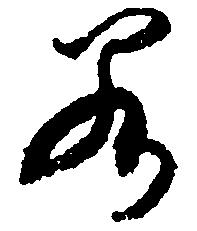
若